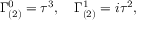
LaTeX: \Gamma _ { ( 2 ) } ^ { 0 } = \tau ^ { 3 } , \quad \Gamma _ { ( 2 ) } ^ { 1 } = i \tau ^ { 2 } ,